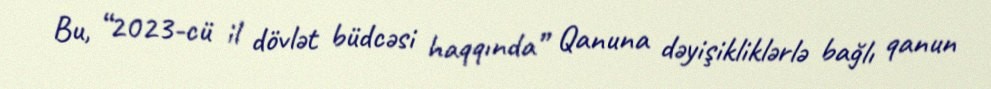
Bu, “2023-cü il dövlət büdcəsi haqqında” Qanuna dəyişikliklərlə bağlı qanun